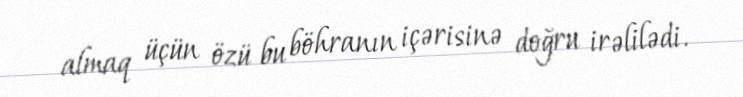
almaq üçün özü bu böhranın içərisinə doğru irəlilədi.